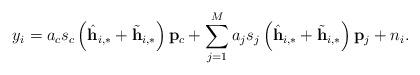
LaTeX: \begin{align*} y_i=a_c s_c\left(\hat{\mathbf{h}}_{i,*}+\tilde{\mathbf{h}}_{i,*}\right)\mathbf{p}_c+\sum_{j=1}^{M}a_j s_j \left(\hat{\mathbf{h}}_{i,*}+\tilde{\mathbf{h}}_{i,*}\right)\mathbf{p}_j+ n_i.\end{align*}